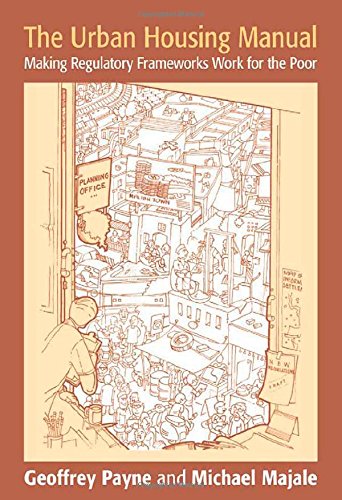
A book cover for The Urban Housing Manual: Making Regulatory Frameworks Work for the Poor; Geoffrey Payne; Law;